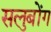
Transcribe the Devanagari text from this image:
सलुबोंग